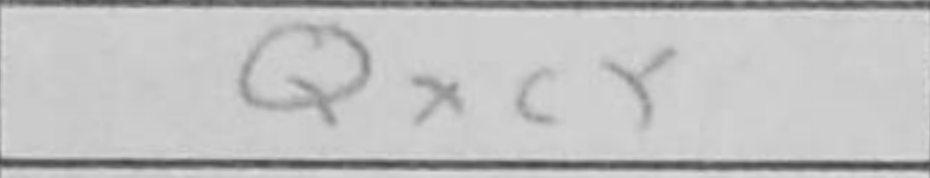
Transcription: Qxc5